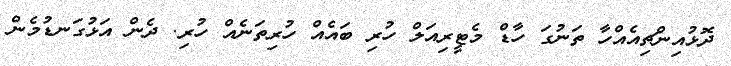
ދޮޅުއިންޗިއެއްހާ ތަނުގަ ހާޑް މެޓީރިއަލް ހުރި ބައެއް ހުރިތަނެއް ހުރި. ދެން އަޅުގަނޑުމެން